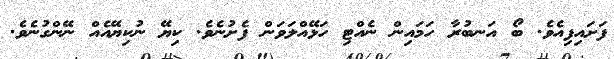
ފަށައިފިއެވެ. ބޯ އަނބުރާ ހަމައިން ނެއްޓި ހަޅޭއްލަވަން ފެށުނެވެ. ކިޔޭ ނުކިޔޭއެއް ނޭންގުނެވެ.